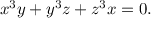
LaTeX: x ^ { 3 } y + y ^ { 3 } z + z ^ { 3 } x = 0 .